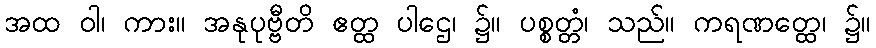
အထ ဝါ၊ ကား။ အနုပုဗ္ဗီတိ ဧတ္ထ ပါဌေ၊ ၌။ ပစ္စတ္တံ၊ သည်။ ကရဏတ္ထေ၊ ၌။